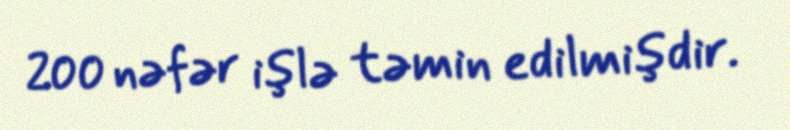
200 nəfər işlə təmin edilmişdir.